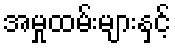
အမှုထမ်းများနှင့်